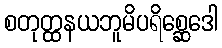
စတုတ္ထနယဘူမိပရိစ္ဆေဒေါ